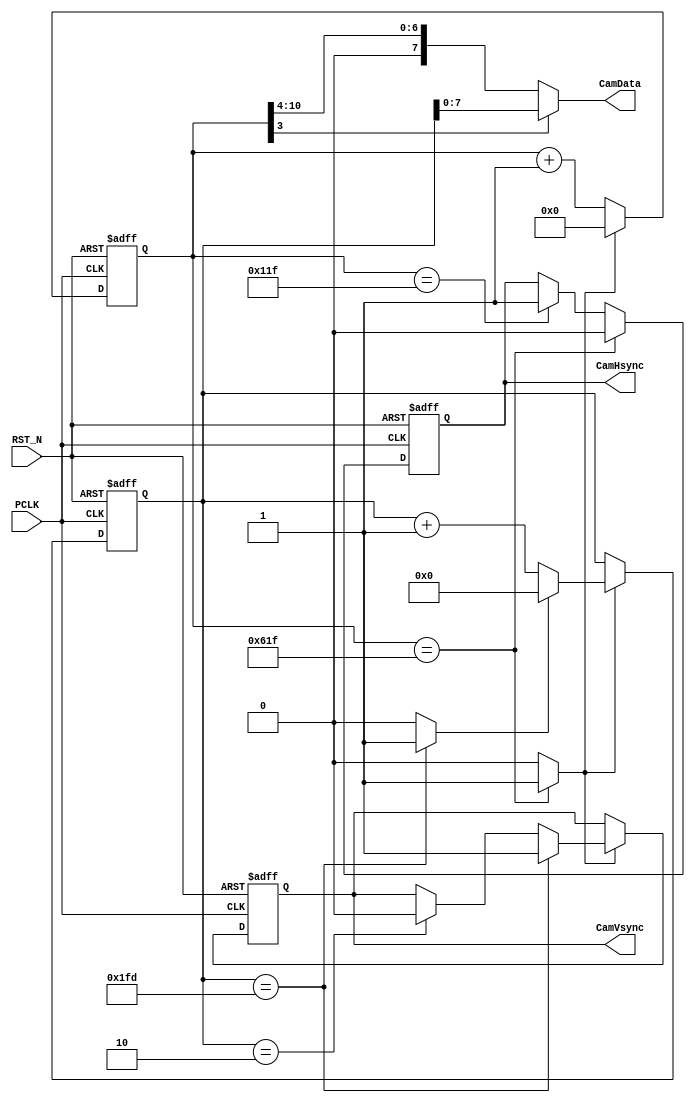
//--------------------------------------------------
//  
//      Verilog code generated by Visual HDL
//
//  Design Unit:
//  ------------
//      Unit    Name  :  testsub_cam
//      Library Name  :  DE2_VGA
//  
//      Version       :  6.7.2-pc build 25 from Feb 19 2001
//  
//  Options Used:
//  -------------
//      Target
//         HDL        :  Verilog
//         Purpose    :  Simulation
//  
//      Style
//         Use tasks                      :  No
//         Code Destination               :  1 File per Unit
//         Attach Directives              :  Yes
//         Structural                     :  No
//         Free text style                :  / / ...
//         Preserve spacing for free text :  Yes
//         Sort Ports by mode             :  No
//         Declaration alignment          :  No
//         New line for each Port         :  No
//         Attach comment to Port         :  No
//
//--------------------------------------------------
//--------------------------------------------------
//  
//  Library Name :  DE2_VGA
//  Unit    Name :  testsub_cam
//  Unit    Type :  Text Unit
//  
//----------------------------------------------------
//////////////////////////////////////////
//////////////////////////////////////////
//
//
// Company     : Onbitel
//
// Description : 
//
//////////////////////////////////////////
//////////////////////////////////////////
`timescale 1ns/10ps
module  testsub_cam (PCLK, RST_N, CamHsync, CamVsync, CamData);
   input PCLK ;
   input RST_N ;
   output CamHsync ;
   output CamVsync ;
   output [7:0] CamData ; wire [7:0] CamData ;

    parameter HEND = 'd1567;
    parameter HON  = 287;
    parameter VEND = 509;
    parameter VPEND = 2;    // Pulse end
    parameter VBEND = 19;   // Blank end
    parameter HWIDTH = 11;   //  0 ~ 1567
    parameter VWIDTH = 9;    //  0 ~ 509

    reg [HWIDTH-1:0]     h_cnt;
    reg [VWIDTH-1:0]     v_cnt;
    wire w_h_end;
    wire w_v_end;
    reg r_camHsync;
    reg r_camVsync;

   assign CamHsync = r_camHsync;
   assign CamVsync = r_camVsync;
   assign CamData  = (h_cnt[3] == 1'b0) ? {1'b0, h_cnt[10:4]} : v_cnt[7:0] ;

    always @( posedge PCLK or negedge  RST_N ) begin
        if( !RST_N ) begin
            h_cnt  <=  'd0 ;
        end
        else begin
            if( w_h_end == 1'b1) begin
                h_cnt  <=  'd0 ;
            end else begin
                h_cnt <= h_cnt + 1;
            end
        end
    end

    assign w_h_end = (h_cnt == HEND) ? 1'b1 : 1'b0;

    always @( posedge PCLK or negedge  RST_N ) begin
        if( !RST_N ) begin
            r_camHsync  <=  'd0 ;
        end
        else begin
            if( h_cnt == HON ) begin
                r_camHsync <= 'd1 ;
            end if( h_cnt == HEND) begin
                r_camHsync <= 'd0 ;
            end
        end
    end

////////////////////////////////////////
    always @( posedge PCLK or negedge  RST_N ) begin
        if( !RST_N ) begin
            v_cnt  <=  'd0 ;
        end
        else begin
            if( w_h_end == 1'b1) begin
                if( w_v_end == 1'b1) begin
                    v_cnt  <=  'd0 ;
                end else begin
                    v_cnt <= v_cnt + 1;
                end
            end
        end
    end

    assign w_v_end = (v_cnt == VEND) ? 1'b1 : 1'b0;

    always @( posedge PCLK or negedge  RST_N ) begin
        if( !RST_N ) begin
            r_camVsync <= 'd1 ;
        end
        else begin
            if( w_h_end == 1'b1) begin
                if(v_cnt == VPEND) begin
                    r_camVsync <= 'd0 ;
                end if(v_cnt == VEND) begin
                    r_camVsync <= 'd1 ;
                end
            end
        end
    end
endmodule